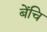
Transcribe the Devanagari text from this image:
बेंचि